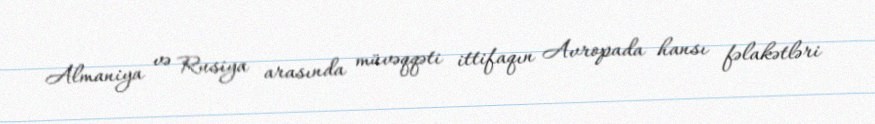
Almaniya və Rusiya arasında müvəqqəti ittifaqın Avropada hansı fəlakətləri